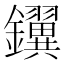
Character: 𫓢